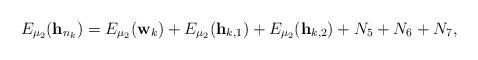
LaTeX: \begin{align*}E_{\mu_2}({\bf{h}}_{n_k})=E_{\mu_2}({\bf{w}}_{k})+E_{\mu_2}({\bf{h}}_{k,1}) + E_{\mu_2}({\bf{h}}_{k,2}) + N_5+N_6 +N_7,\end{align*}